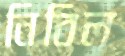
নিবিল